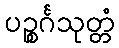
ပဉ္စင်္ဂသုတ္တံ